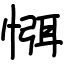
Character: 㥝